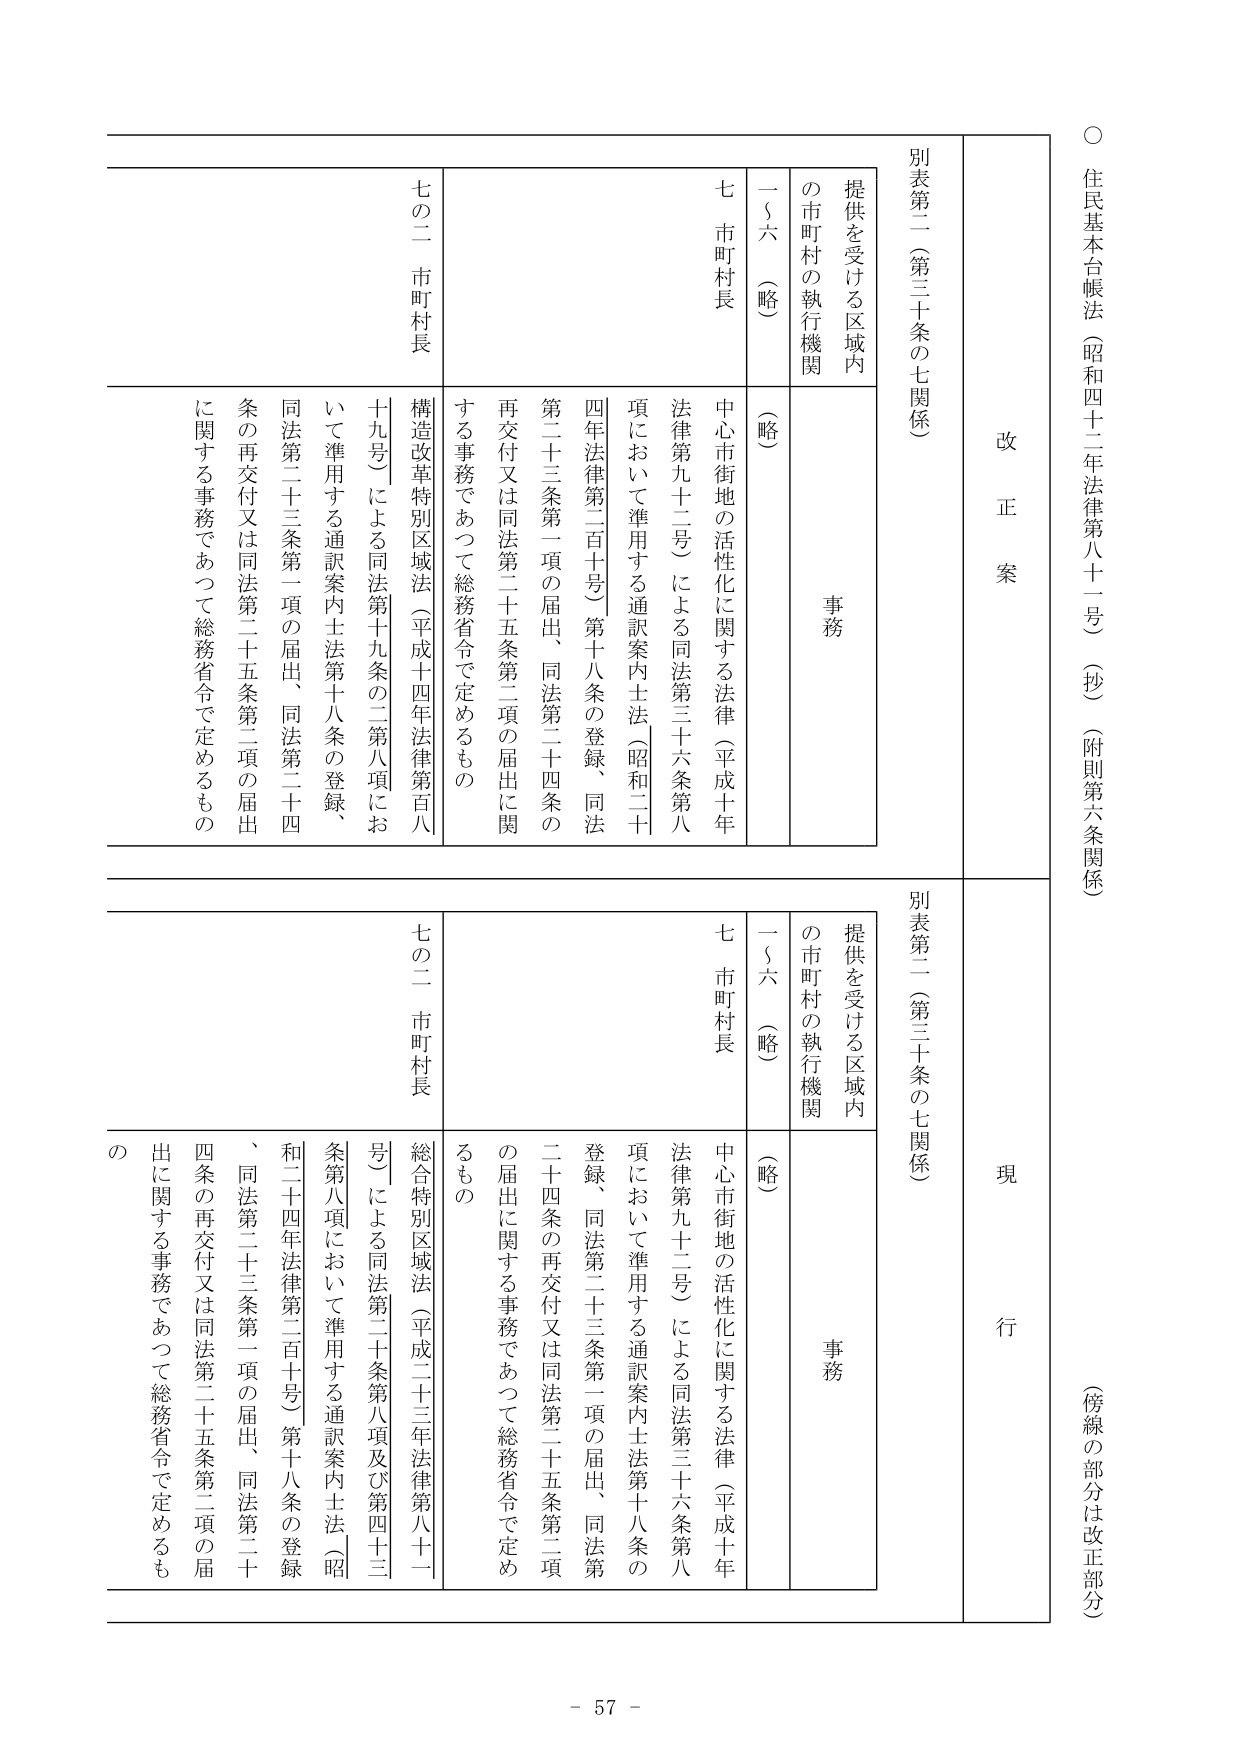
○ 住民基本台帳法（昭和四十二年法律第八十二号）（抄）（附則第六条関係）
（傍線の部分は改正部分）

改正案
別表第二（第三十条の七関係）

提供を受ける区域内
の市町村の執行機関
事務

一～六（略）
（略）
七 市町村長
中心市街地の活性化に関する法律（平成十年法律第九十二号）による同法第三十六条第八項において準用する通訳案内士法（昭和二十四年法律第二百十号）第十八条の登録、同法第二十三条第一項の届出、同法第二十四条の再交付又は同法第二十五条第二項の届出に関する事務であつて総務省令で定めるもの
構造改革特別区域法（平成十四年法律第百八十九号）による同法第十九条の二第八項において準用する通訳案内士法第十八条の登録、同法第二十三条第一項の届出、同法第二十四条の再交付又は同法第二十五条第二項の届出に関する事務であつて総務省令で定めるもの
七の二 市町村長

現行
別表第二（第三十条の七関係）

提供を受ける区域内
の市町村の執行機関
事務

一～六（略）
（略）
七 市町村長
中心市街地の活性化に関する法律（平成十年法律第九十二号）による同法第三十六条第八項において準用する通訳案内士法第十八条の登録、同法第二十三条第一項の届出、同法第二十四条の再交付又は同法第二十五条第二項の届出に関する事務であつて総務省令で定めるもの
総合特別区域法（平成二十三年法律第八十号）による同法第二十条第八項及び第四十三条第八項において準用する通訳案内士法（昭和二十四年法律第二百十号）第十八条の登録、同法第二十三条第一項の届出、同法第二十四条の再交付又は同法第二十五条第二項の届出に関する事務であつて総務省令で定めるもの
七の二 市町村長

- 57 -